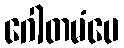
ဂေါတမံပေ